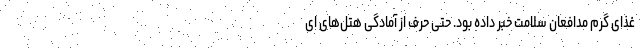
غذای گرم مدافعان سلامت خبر داده بود. حتی حرف از آمادگی هتل‌های ای